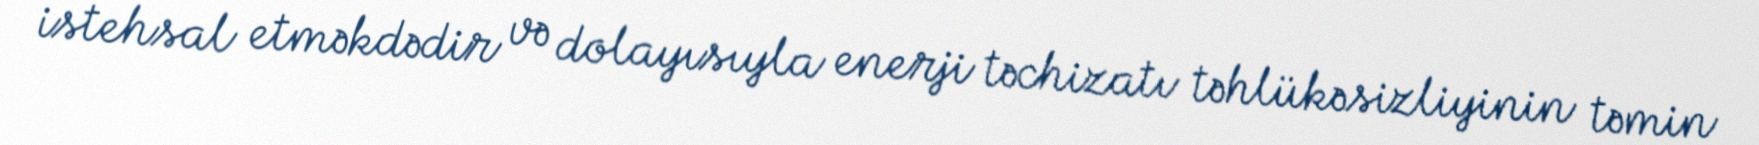
istehsal etməkdədir və dolayısıyla enerji təchizatı təhlükəsizliyinin təmin